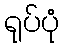
ရုပ်ပုံ